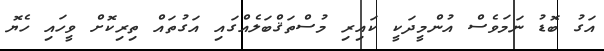
އަގު ބޮޑު ނަމަވެސް އުންމީދަކީ ކައިރި މުސްތަޤްބަލެއްގައި އަގުތައް ތިރިކޮށް ވީހައި ހެޔޮ